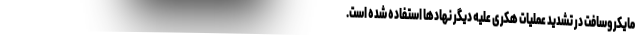
مایکروسافت در تشدید عملیات هکری علیه دیگر نهاد‌ها استفاده شده است.